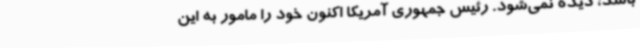
باشد، دیده نمی‌شود. رئیس جمهوری آمریکا اکنون خود را مامور به این